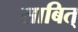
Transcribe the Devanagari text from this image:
साबित्